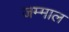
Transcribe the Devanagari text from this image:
जम्माल